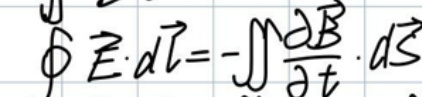
\(\oint \vec{E} \cdot d\vec{l} = - \iint \frac{\partial \vec{B}}{\partial t} \cdot d\vec{S}\)